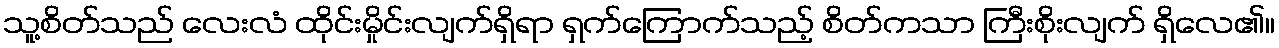
သူ့စိတ်သည် လေးလံ ထိုင်းမှိုင်းလျက်ရှိရာ ရှက်ကြောက်သည့် စိတ်ကသာ ကြီးစိုးလျက် ရှိလေ၏။